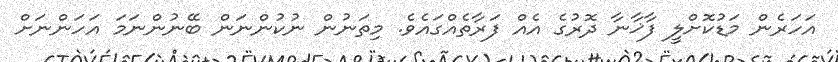
އަހަރެން މަޑުކޮށްލީ ފާޚާނާ ދޮރުގެ އެއް ފަރާތެއްގައެވެ. މިތަނުން ނުކުންނަން ބޭނުންނަމަ އަހަންނަށް